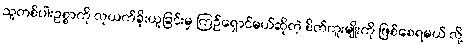
သူတစ်ပါးဥစ္စာကို လုယက်ခိုးယူခြင်းမှ ကြဉ်ရှောင်မယ်ဆိုတဲ့ စိတ်ကူးမျိုးကို ဖြစ်စေရမယ် လို့